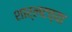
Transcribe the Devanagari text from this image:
शार्लटच्या